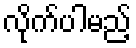
လိုက်ပါမည့်